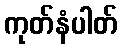
ကုတ်နံပါတ်